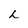
Character: h